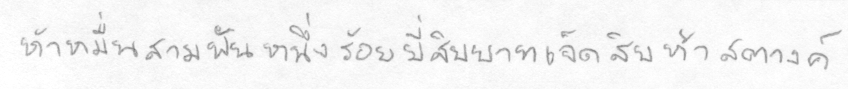
ห้าหมื่นสามพันหนึ่งร้อยยี่สิบบาทเจ็ดสิบห้าสตางค์